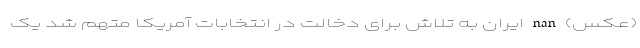
(عکس) nan ایران به تلاش برای دخالت در انتخابات آمریکا متهم شد یک